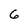
Character: 6